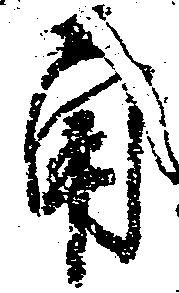
角